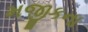
મજીકના